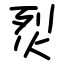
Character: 烮